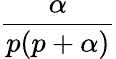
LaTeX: \frac{\alpha}{p(p+\alpha)}